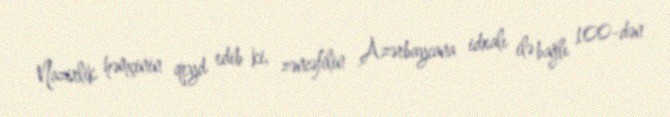
Nazirlik həmçinin qeyd edib ki, zəncəfilin Azərbaycana idxalı ilə bağlı 100-dən